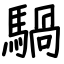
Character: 騧